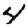
Digit: 4